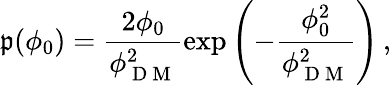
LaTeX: \mathfrak{p}(\phi_{0})=\frac{{2\phi_{0}}}{{\phi_{\mathrm{{~D~M~}}}^{2}}}\exp{\left(-\frac{{\phi_{0}^{2}}}{{\phi_{\mathrm{{~D~M~}}}^{2}}}\right)}\, ,